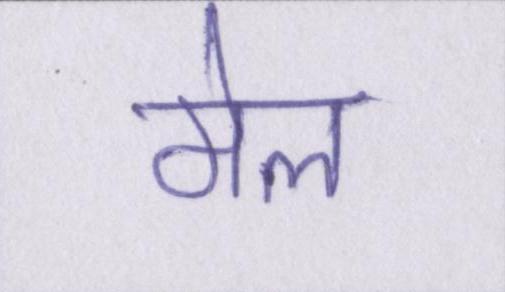
मेल